Vital statistics of India. Vol. IV, Annual returns from 1871 to 1876. British Army of India, Native Army and jails of Bengal
Year: 1871
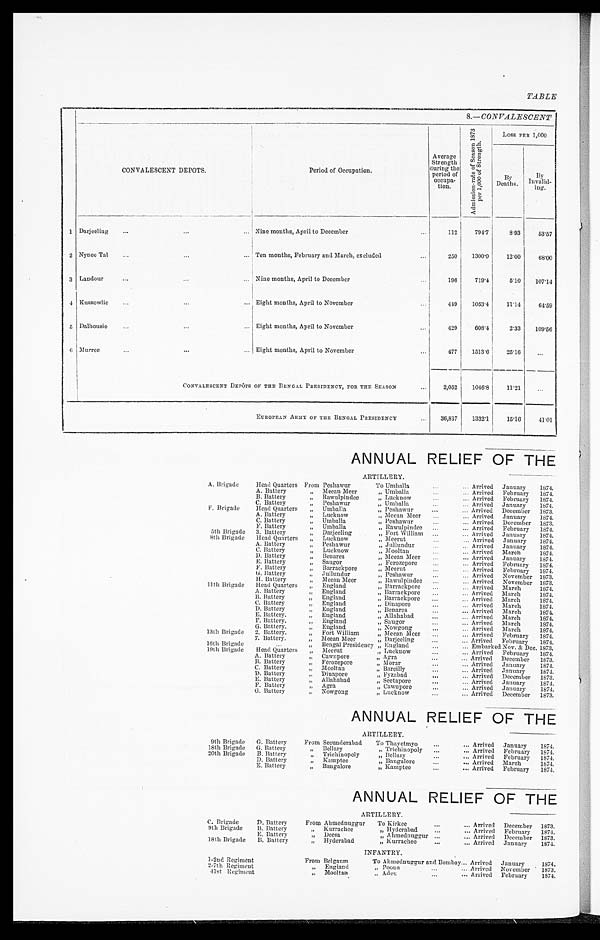
TABLE
8.—CONVALESCENT
CONVALESCENT DEPOTS.
Period of Occupation.
Average
Strength
during the
period of
occupa-
tion.
A d m i s s i o n - r a t e o f S e a s o n 1 8 7 3 p e r 1 , 0 0 0 o f S t r e n g t h .
Loss PER 1,000
B y
Deaths.
B y
Invalid-
i n g .
1 Darjeeling . . .
Nine months, April to December . . .
112
794.7
8.93
53.57
2 Nynee Tal . . .
Ten months, February and March, excluded . . .
250
1300.0
12.00
68.00
3
L a n d o u r . . .
Nine months, April to December . . .
196
719.4
5.10
107.14
4 Kussowlie . . .
Eight months, April to November . . .
4 4 9
1053.4
11.14
64.59
5
Dalhousie . . .
Eight months, April to November . . .
429
608.4
2.33
109.56
6 Murree . . .
Eight months, April to November . . .
477
1513.6
25.16
. . .
CONVALESCENT DEPÔTS OF THE BENGAL PRESIDENCY, FOR THE SEASON . . .
2,052
1046.8
11.21
. . .
E U R O P E A N A R M Y O F T H E B E N G A L P R E S I D E N C Y . . .
36,817
1332.1
15.16
41.01
ANNUAL RELIEF OF THE
ARTILLERY.
A. Brigade
Head Quarters From Peshawur
T o U m b a l l a . . .
Arrived
January
1874.
" U m b a l l a . . . Arrived
February
1874.
A. Battery
" Meean Meer
February
1874.
Arrived
B. Battery
" Rawulpindee
" Lucknow . . .
January
1874.
Arrived
C. Battery
" Peshawur
" Umballa . . .
Arrived
December
1873.
F. Brigade
Head Quarters
" Umballa
" P e s h a w u r
January
1874.
Arrived
A. Battery
" Lucknow
" Meean Meer . . .
December
1873.
Arrived
C. Battery
" Umballa
" P e s h a w u r . . .
F. Battery
" Umballa
" Rawulpindee . . . Arrived
February
1874.
Arrived
January
1874.
5th Brigade.
3. Battery
" Darjeeling
" Fort William . . .
Arrived
January
1874.
8th Brigade
Head Quarters
" Lucknow
" Meerut . . .
A. Battery
" Peshawur
" Jullundur . . . Arrived
January
1874,
Arrived
March
1874.
C. Battery
" Lucknow
" Mooltan . . .
Arrived
January
1874.
D.Battery
" Benares
" Meean Meer . . .
Arrived
February
1874.
E. Battery
" S a u g o r
" Ferozepore . . .
F. Battery
" Barrackpore
" M e e r u t . . .
Arrived
February
1874.
November
G. Battery
" Jullundur
" P e s h a w u r . . .
Arrived
1873.
H. Battery
" Meean Meer
" Rawulpindee . . . Arrived
November 1873.
11th Brigade
Head Quarters
" England
" Barrackpore . . . Arrived
March
1874.
A. Battery
" England
" Barrackpore . . . Arrived
March
1874.
B. Battery
" England
" Barrackpore . . . Arrived
March
1874.
C. Battery
" England
" Dinapore . . . Arrived
March
1874.
D. Battery
" E n g l a n d
" Benares . . . Arrived
March
1874.
E. Battery.
" England
" A l l a h a b a d . . .
Arrived
March
1874.
F. Battery.
" England
" Saugor . . . Arrived
March
1874.
G. Battery.
" England
" N o w g o n g . . . Arrived
March
1874.
13th Brigade
2. Battery.
" Fort William
" Meean Meer . . . Arrived
February
1874.
7. Battery.
" Meean Meer
" Darjeeling . . . Arrived
February
1874.
16th Brigade
. . .
" Bengal Presidency " England . . .
Embarked Nov. & Dec. 1873.
1 9 t h Br i g a d e
Head Quarters
" Meerut
" Lucknow . . .
Arrived
February
1874.
A. Battery
" Cawnpore
" A g r a . . .
Arrived
December
1873.
B. Battery
" Ferozepore
" Morar . . .
Arrived
January
1874.
C. Battery
" Mooltan
" Bareilly . . .
Arrived
January
1874.
D. Battery
" Dinapore
" Fyzabad . . .
Arrived
December
1873.
E.Battery
" Allahabad
" Seetapore . . .
Arrived
January
1874.
F. Battery
" A g r a
" Cawnpore . . .
Arrived
January
1874.
G. Battery
" Nowgong
" Lucknow . . .
Arrived
December
1873.
ANNUAL RELIEF OF THE
ARTILLERY.
9th Brigade
G. Battery
From Secunderabad
To Thayetmyo . . . Arrived January
1874.
18th Brigade
G. Battery
" Bel l ary
" Trichinopoly . . . Arrived
February
1874.
20th Brigade
B. Battery
" Trichinopoly
" B e l l a r y . . . Arrived
February
1874.
D. Battery
" Kamptee
" Bangalore . . . Arrived
March
1874.
E. Battery
" Bangalore
" Kamptee . . . Arrived
February
1874.
ANNUAL RELIEF OF THE
ARTILLERY.
C. Brigade
D. Battery
From Ahmednuggur
To Kirkee . . . Arrived
December
1873.
9th Brigade
B. Battery
" Kurrachee
" H y d e r a b a d . . . Arrived
February
1874.
E. Battery
" Deesa
" Ahmednuggur . . . Arrived
December
1873.
18th Brigade
B. Battery
" Hyderabad
" K u r r a c h e e . . .
Arrived
January
1874.
INFANTRY.
1-2nd Regiment
From Belgaum
To Ahmednuggur and Bombay . . . Arrived
January
1874.
2-7th Regiment
" England
" Poona . . . Arrived
November
1873.
41st Regiment
" Mooltan
" A d e n . . .
Arrived
February
1874.